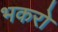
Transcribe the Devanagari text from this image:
भकरो